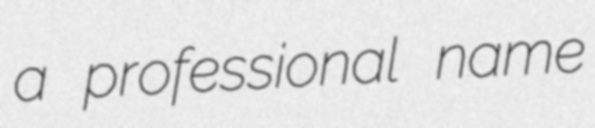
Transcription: a professional name